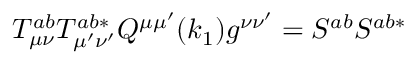
T _ { \mu \nu } ^ { a b } T _ { \mu ^ { \prime } \nu ^ { \prime } } ^ { a b * } Q ^ { \mu \mu ^ { \prime } } ( k _ { 1 } ) g ^ { \nu \nu ^ { \prime } } = S ^ { a b } S ^ { a b * }